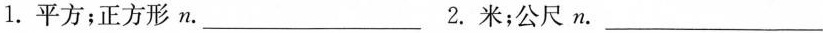
1.平方；正方形n.___2.米；公尺n.___